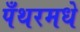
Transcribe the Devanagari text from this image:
पँथरमधे